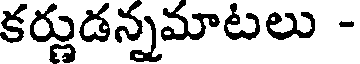
కర్ణుడన్నమాటలు -